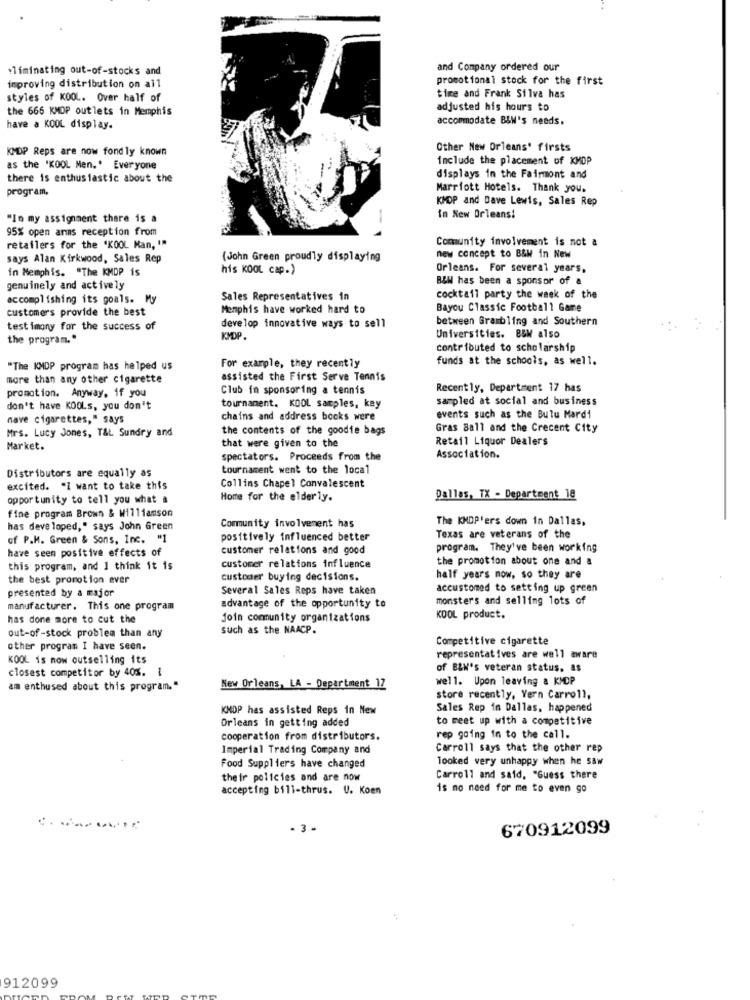
eliminating out-of-stocks and
and Company ordered our
promotional stock for the first
improving distribution on all
styles of KOOL. Over half of
time and Frank Silva has
the 666 KMDP outlets in Memphis
adjusted his hours to
accommodate B&W's needs.
have a KOOL display.
KMDP Reps are now fond ly known
Other New Orleans' firsts
include the placement of KMDP
as the 'KOOL Men.' Everyone
there is enthusiastic about the
displays in the Fairmont and
program,
Marriott Hotels. Thank you.
KMDP and Dave Lewis, Sales Rep
"In my assignment there is a
-
in New Orleans!
95% open arms reception from
Community involvement is not a
retailers for the 'KOOL Man, I.
says Alan Kirkwood, Sales Rep
(John Green proudly displaying
new concept to B&W In New
in Memphis. "The KMDP is
his KOOL cap.)
Orleans. For several years,
B&W has been a sponsor of a
genuinely and actively
accomplishing its goals. My
Sales Representatives in
cocktail party the week of the
customers provide the best
Memphis have worked hard to
Bayou Classic Football Game
between Grambling and Southern
testimony for the success of
develop innovative ways to sell
the program."
KMDP.
Universities. B&W also
contributed to scholarship
funds at the schools, as well.
"The KMDP program has helped us
For example, they recently
more than any other cigarette
assisted the First Serve Tennis
promotion. Anyway, if you
Club im sponsoring a tennis
Recently, Department 17 has
sampled at social and business
don't have KOOLs, you don't
tournament. KOOL samples, key
nave cigarettes," says
chains and address books were
events such as the Bulu Mardi
Mrs. Lucy Jones, T&t Sundry and
the contents of the goodie bags
Gras Ball and the Crecent City
Retail Liquor Dealers
Market.
that were given to the
spectators. Proceeds from the
Association.
Distributors are equally as
tournament went to the local
excited. "I want to take this
Collins Chapel Convalescent
opportunity to tell you what a
Home for the elderly.
Dallas, TX - Department 18
fine program Brown & Williamson
The KMDP'ers down in Dallas,
has developed," says John Green
Community involvement has
of P.M. Green & Sons, Inc. "1
positively influenced better
Texas are veterans of the
have seen positive effects of
customer relations and good
program. They've been working
the promotion about one and a
this program, and I think it is
customer relations influence
the best promotion ever
customer buying decisions.
half years now, so they are
presented by a major
Several Sales Reps have taken
accustomed to setting up green
advantage of the opportunity to
monsters and selling lots of
manufacturer. This one program
has done more to cut the
join community organizations
KOOL product.
out-of -stock problem than any
such as the NAACP.
Competitive cigarette
other program I have seen.
KOOL is now outselling its
representatives are well aware
closest competitor by 40%. 1
of BEN's veteran status, as
well. Upon leaving & KMDP
am enthused about this program."
New Orleans, LA - Department 12
store recently, Yern Carroll,
KMDP has assisted Reps in New
Sales Rep in Dallas, happened
Orleans in getting added
to meet up with a competitive
cooperation from distributors.
rep going in to the call.
Imperial Trading Company and
Carroll says that the other rep
looked very unhappy when he saw
Food Suppliers have changed
their policies and are now
Carroll and said, "Guess there
accepting bill-thrus. U. Koen
is no need for me to even go
670912099
912099